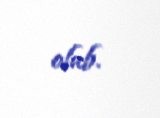
olub.